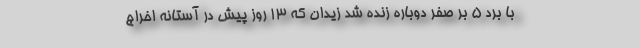
با برد 5 بر صفر دوباره زنده شد زیدان که 13 روز پیش در آستانه اخراج